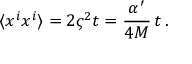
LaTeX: \langle x ^ { i } x ^ { i } \rangle = 2 \varsigma ^ { 2 } t = \frac { \alpha ^ { \prime } } { 4 M } \, t \, .